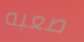
صعبه